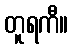
တူရကီ။